Medical and sanitary report of the native army of Madras for the year
Year: 1877
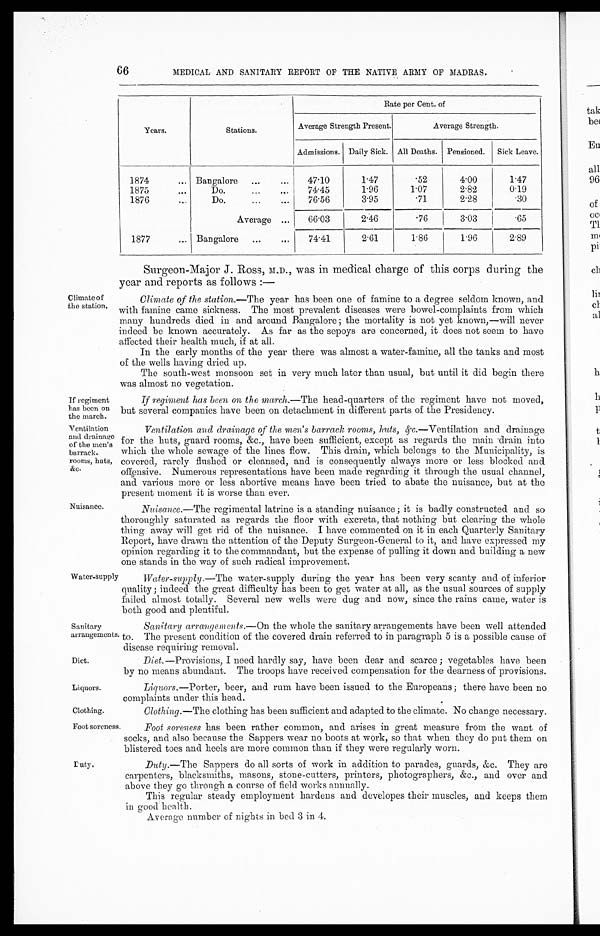
If regiment
has been on
the march.
Ventilation
and drainage
of the men's
barrack-
rooms, huts,
&c.
Sanitary
arrangements.
Diet.
Liquors.
Clothing.
66
MEDICAL AND SANITARY REPORT OF THE NATIVE ARMY OF MADRAS.
Climate of
the station,
Nuisance.
Rate per Cent. of
Years.
Stations.
Average Strength Present.
Average Strength.
Admissions. Daily Sick. All Deaths. Pensioned.
Sick Leave.
1874
... Bangalore ...
...
47.10
1.47
.52
4.00
1.47
1875
..
Do.
...
..,
74.45
1.96
1.07
2.82
0.19
1876
Do.
76.56
3.95
.71
2.28
.30
Average ...
66.03
2.46
.76
3.03 I
. 6 5
1877
... Bangalore ...
...
74. 41
2.61
1.86
1.96
2.89
Surgeon-Major J. Ross, M.D., was in medical charge of this corps during the
year and reports as follows :—
Climate of the station.—The year has been one of famine to a degree seldom known, and
with famine came sickness. The most prevalent diseases were bowel-complaints from which
many hundreds died in and around Bangalore ; the mortality is not yet known,—will never
indeed be known accurately. As far as the sepoys are concerned, it does not seem to have
affected their health much, if at all.
In the early months of the year there was almost a water-famine, all the tanks and most
of the wells having dried up.
The south-west monsoon set in very much later than usual, but until it did begin there
was almost no vegetation.
If regiment has been on the march.—The head-quarters of the regiment have not moved,
but several companies have been on detachment in different parts of the Presidency.
Ventilation, and drainage of the men's barrack rooms, huts, &c.—Ventilation and drainage
for the huts, guard rooms, &c., have been sufficient, except as regards the main -drain into
which the whole sewage of the lines flow. This drain, which belongs to the Municipality, is
covered, rarely flushed or cleansed, and is consequently always more or less blocked and
offensive. Numerous representations have been made regarding it through the usual channel,
and various more or less abortive means have been tried to abate the nuisance, but at the
present moment it is worse than ever.
Nuisanee.—The regimental latrine is a standing nuisance ; it is badly constructed and so
thoroughly saturated as regards the floor with excreta, that nothing but clearing the whole
thing away will get rid of the nuisance. I have commented on it in each Quarterly Sanitary
Report, have drawn the attention of the Deputy Surgeon-General to it, and have expressed my
opinion regarding it to the commandant, but the expense of pulling it down and building a new
one stands in the way of such radical improvement.
Water-supply
Water-supply.—The water-supply during the year has been very scanty and. of inferior
quality; indeed the great difficulty has been to get water at all, as the usual sources of supply
failed almost totally. Several new wells were dug and now, since the rains came, water is
both good and plentiful.
Sanitary arrangements.—On the whole the sanitary arrangements have been well attended
to. The present condition of the covered drain referred to in paragraph 5 is a possible cause of
disease requiring removal.
Diet.—Provisions, I need hardly say, have been dear and scarce ; vegetables have been
by no means abundant. The troops have received compensation for the dearness of provisions.
Liquors.—Porter, beer, and rum have been issued to the Europeans ; there have been no
complaints under this head.
Clothing.—The clothing has been sufficient and adapted to the climate. No change necessary.
Foot soreness
Foot soreness has been rather common, and arises in great measure from the want of
socks, and also because the Sappers wear no boots at work, so that when they do put them on
blistered toes and heels are more common than if they were regularly worn.
Duty.
Duty.—The Sappers do all sorts of work in addition to parades, guards, &c. They are
carpenters, blacksmiths, masons, stone-cutters, printers, photographers, &c., and over and
above they go through a course of field works annually.
This regular steady employment hardens and developes their muscles, and keeps them
in good health.
Average number of nights in bed 3 in 4.